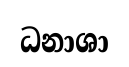
ධනාශා